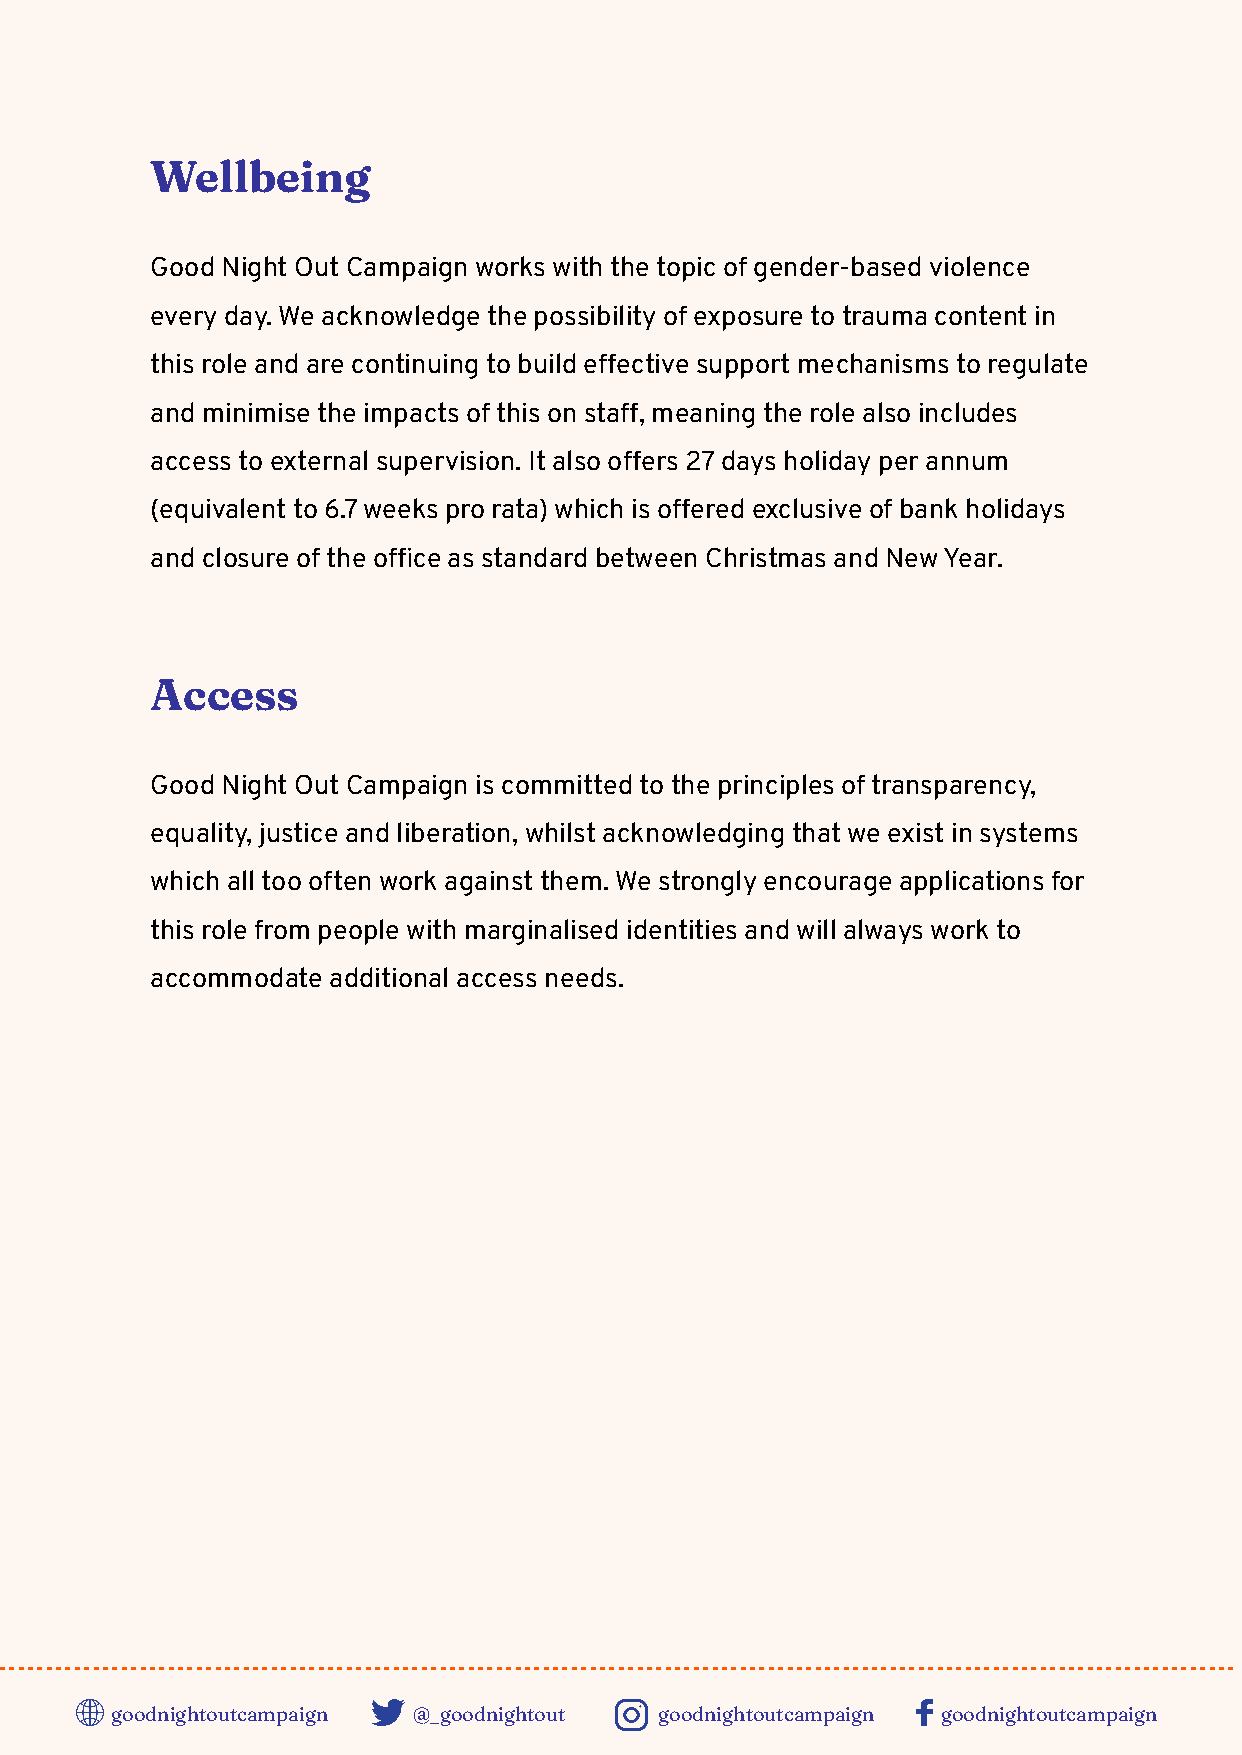
Wellbeig
 Good Night Out Campaign works with the topic of gender-based violence
 every day. We acknowledge the possibility of exposure to trauma content in
 this role and are continuing to build eective support mechanisms to regulate
 and minimise the impacts of this on sta, meaning the role also includes
 access to external supervision. It also oers 27 days holiday per annum
 (equivalent to 6.7 weeks pro rata) which is oered exclusive of bank holidays
 and closure of the oce as standard between Christmas and New Year.
 Acce
 Good Night Out Campaign is committed to the principles of transparency,
 equality, justice and liberation, whilst acknowledging that we exist in systems
 which all too often work against them. We strongly encourage applications for
 this role from people with marginalised identities and will always work to
 accommodate additional access needs.
 goodigtoutcapaig @_goodigtout  goodigtoutcapaig goodigtoutcapaig